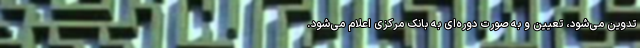
تدوین می‌شود، تعیین و به صورت دوره‌ای به بانک مرکزی اعلام می‌شود.